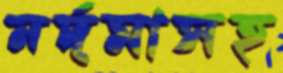
নর্দমাসহ